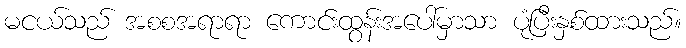
မငယ်သည် အစစအရာရာ ကောင်းထွန်းအပေါ်မှာသာ ပုံပြီးနှစ်ထားသည်။